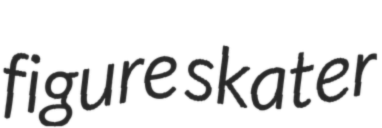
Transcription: figure skater